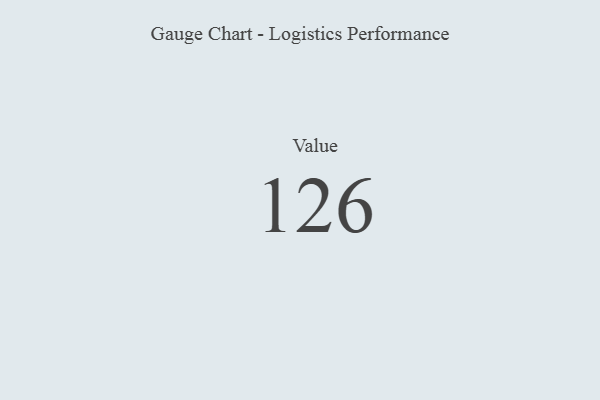
{"axis": {"x": "Metric", "y": "Value"}, "legend": [""], "data": [{"x": "Value", "y": 126, "type": ""}]}